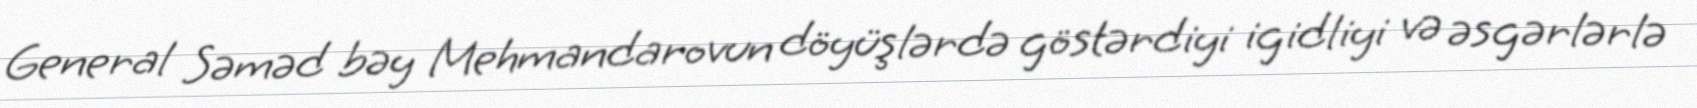
General Səməd bəy Mehmandarovun döyüşlərdə göstərdiyi igidliyi və əsgərlərlə